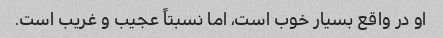
او در واقع بسیار خوب است، اما نسبتاً عجیب و غریب است.